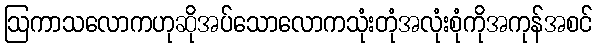
ဩကာသလောကဟုဆိုအပ်သောလောကသုံးတုံအလုံးစုံကိုအကုန်အစင်